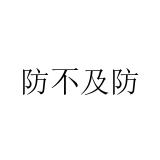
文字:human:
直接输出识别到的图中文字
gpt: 防不及防